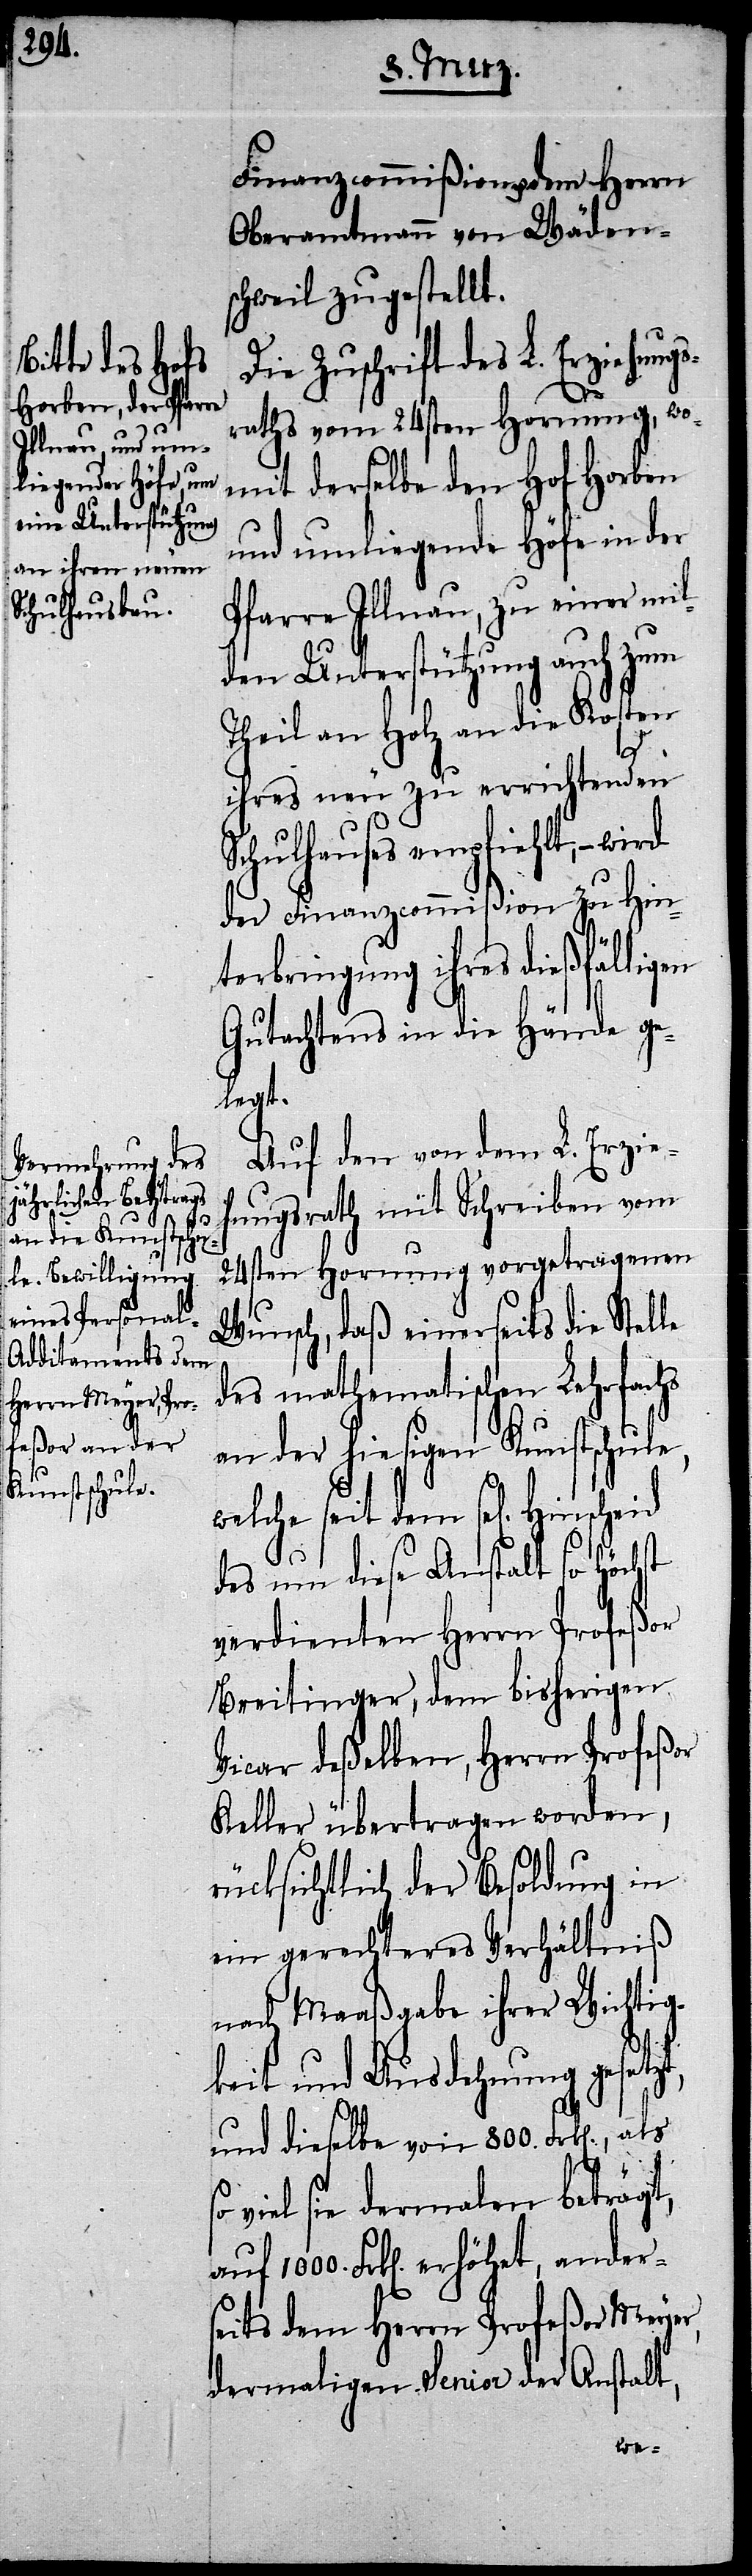
Finanzcommißion u. dem Herrn
Oberamtmann von Wädens¬
chweil zugestellt.
Die Zuschrift des L. Erziehung¬
sraths vom 24sten Hornung, wo¬
mit derselbe den Hof Horben
und umliegende Höfe in der
Pfarre Illnau, zu einer mil¬
den Unterstützung auch zum
Theil an Holz an die Kosten
ihres neu zu errichtenden
Schulhauses empfiehlt, – wird
der Finanzcommißion zu Hin¬
terbringung ihres dießfälligen
Gutachtens in die Hànde ge¬
legt.
Auf den von dem L. Erzieh¬
ungsrath mit Schreiben vom
24sten Hornung vorgetragenen
Wunsch, daß einerseits die Stel¬
des mathematischen Lehrfachs
an der hiesigen Kunstschule,
lche seit dem sel[igen]
des um diese Anstalt so Höchst
verdienten Herrn Profeßor
Breitinger, dem bisherigen
Vicar deßelben, Herrn Profeßor
Keller übertragen worden,
rücksichtlich der Besoldung in
ein gerechteres Verhältniß
nach Maaßgabe ihrer Wichtig¬
le
keit und Ausdehnung gesetzt,
und dieselbe von 800. Frk[en].,
s¬
o viel sie dermalen beträgt,
Frk[en]. erhöhet, ander¬
seits dem Herrn Profeßor Meyer,
dermaligen Senior der Anstalt,
we¬